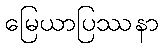
မြေယာပြဿနာ